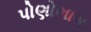
પોણોભાગ